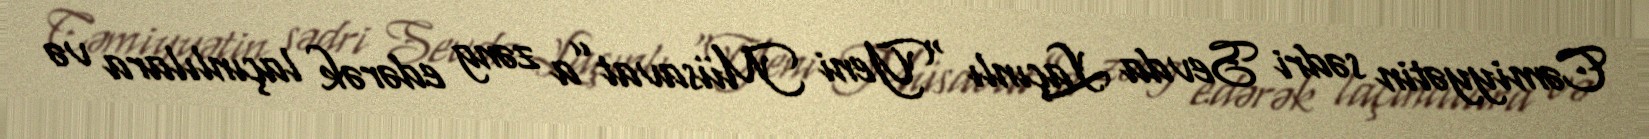
Cəmiyyətin sədri Sevda Laçınlı “Yeni Müsavat”a zəng edərək laçınlılara və